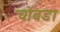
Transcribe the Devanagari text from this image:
चोंबडा